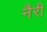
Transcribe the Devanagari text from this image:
नैरी